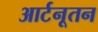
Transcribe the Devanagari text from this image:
आर्टनूतन